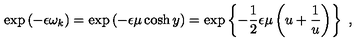
\exp \left( - \epsilon \omega _ { k } \right) = \exp \left( - \epsilon \mu \cosh y \right) = \exp \left\{ - \frac { 1 } { 2 } \epsilon \mu \left( u + \frac { 1 } { u } \right) \right\} \ ,